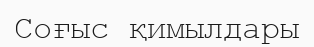
Соғыс қимылдары